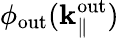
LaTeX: \phi_{\mathrm{out}}(\mathbf k_{\parallel}^{\mathrm{out}})